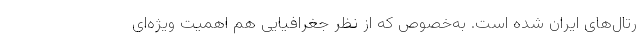
رتال‌های ایران شده است. به‌خصوص که از نظر جغرافیایی هم اهمیت ویژه‌ای